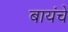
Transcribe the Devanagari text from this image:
बायंचे